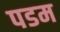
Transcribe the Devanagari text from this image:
पडम